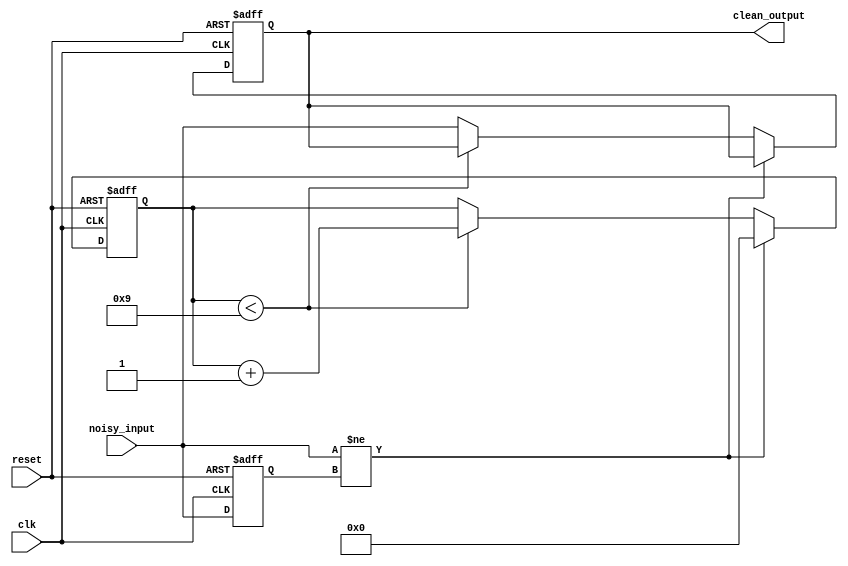
module debounce_circuit (
    input wire clk,
    input wire reset,
    input wire noisy_input,
    output reg clean_output
);

parameter DEBOUNCE_CYCLES = 10; // Number of clock cycles for debounce

reg [DEBOUNCE_CYCLES-1:0] debounce_counter;
reg last_input;

always @(posedge clk or posedge reset) begin
    if (reset) begin
        debounce_counter <= 0;
        last_input <= 0;
        clean_output <= 0;
    end else begin
        if (noisy_input != last_input) begin
            debounce_counter <= 0;
        end else begin
            if (debounce_counter < DEBOUNCE_CYCLES-1) begin
                debounce_counter <= debounce_counter + 1;
            end else begin
                clean_output <= noisy_input;
            end
        end
        last_input <= noisy_input;
    end
end

endmodule